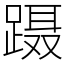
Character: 蹑